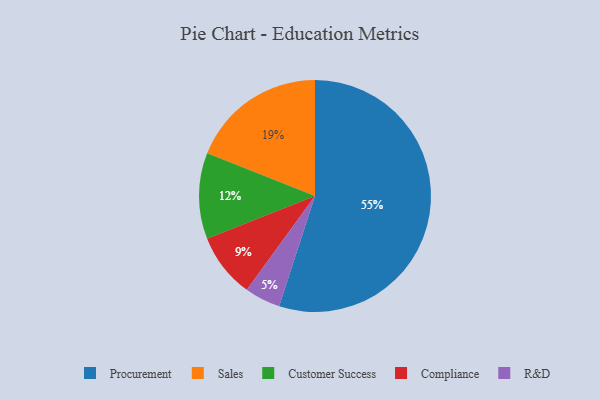
{"axis": {"x": "Category", "y": "Percentage"}, "legend": ["Compliance", "Customer Success", "Procurement", "R&D", "Sales"], "data": [{"x": "Procurement", "y": 55, "type": "Procurement"}, {"x": "Customer Success", "y": 12, "type": "Customer Success"}, {"x": "R&D", "y": 5, "type": "R&D"}, {"x": "Compliance", "y": 9, "type": "Compliance"}, {"x": "Sales", "y": 19, "type": "Sales"}]}